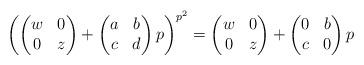
LaTeX: \begin{align*}\left( \begin{pmatrix} w & 0 \\ 0 & z \end{pmatrix} + \begin{pmatrix} a & b \\ c & d \end{pmatrix} p \right)^{p^2} = \begin{pmatrix} w & 0 \\ 0 & z \end{pmatrix} + \begin{pmatrix} 0 & b \\ c & 0 \end{pmatrix} p\end{align*}